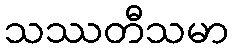
သဿတီသမာ